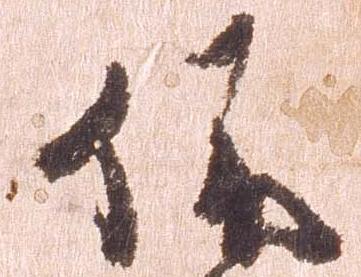
依